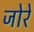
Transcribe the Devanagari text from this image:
जोरे